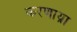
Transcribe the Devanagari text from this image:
करणाय्रा